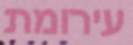
עירומת